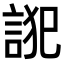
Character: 𮘋